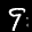
Label: 9